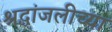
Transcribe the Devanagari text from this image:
श्रद्धांजलीच्या